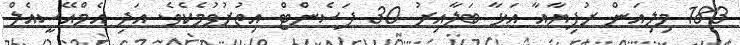
183 މިލިއަން ރުފިޔާއާ އަޅާ ބަލާއިރު 30 ޕަސެންޓް އިތުރުވުމެކެވެ. އަދި އެމްއޭސީއެލް